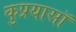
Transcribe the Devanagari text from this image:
कुप्रयासॉ